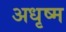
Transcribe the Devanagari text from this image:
अधृष्म